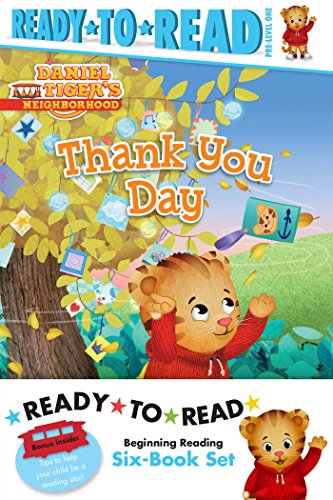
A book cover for Daniel Tiger Ready-to-Read Value Pack: Thank You Day; Friends Help Each Other; Daniel Plays Ball; Daniel Goes Out for Dinner; Daniel Feels Left Out; ... the Library (Daniel Tiger's Neighborhood); Children's Books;